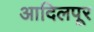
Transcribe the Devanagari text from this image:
आदिलपूर